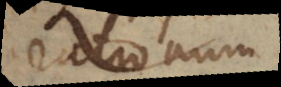
rationum